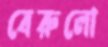
বেরুলো